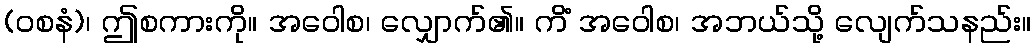
(ဝစနံ)၊ ဤစကားကို။ အဝေါစ၊ လျှောက်၏။ ကိံ အဝေါစ၊ အဘယ်သို့ လျေက်သနည်း။